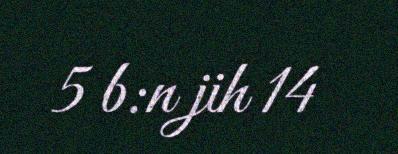
5 b:n jih 14